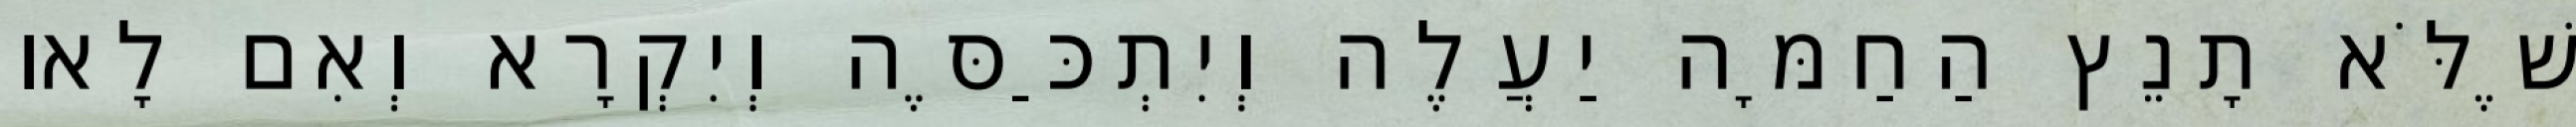
שֶׁלֹּא תָנֵץ הַחַמָּה יַעֲלֶה וְיִתְכַּסֶּה וְיִקְרָא וְאִם לָאו